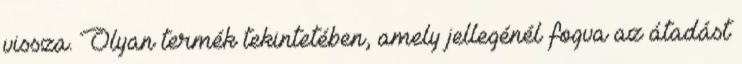
vissza. Olyan termék tekintetében, amely jellegénél fogva az átadást